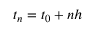
t _ { n } = t _ { 0 } + n h